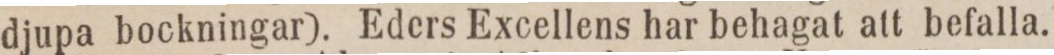
djupa bockningar). Eders Excellens har behagat att befalla.